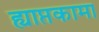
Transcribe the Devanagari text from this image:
ह्याप्तकामा